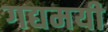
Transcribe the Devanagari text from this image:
गद्यमयी